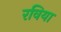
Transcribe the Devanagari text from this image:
रविया